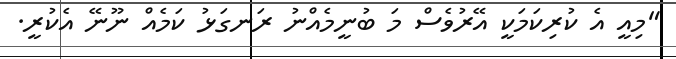
"މިއީ އެ ކުރިކަމަކީ އޭރުވެސް މަ ބުނީމެއްނު ރަނގަޅު ކަމެއް ނޫނޭ އެކުރީ.